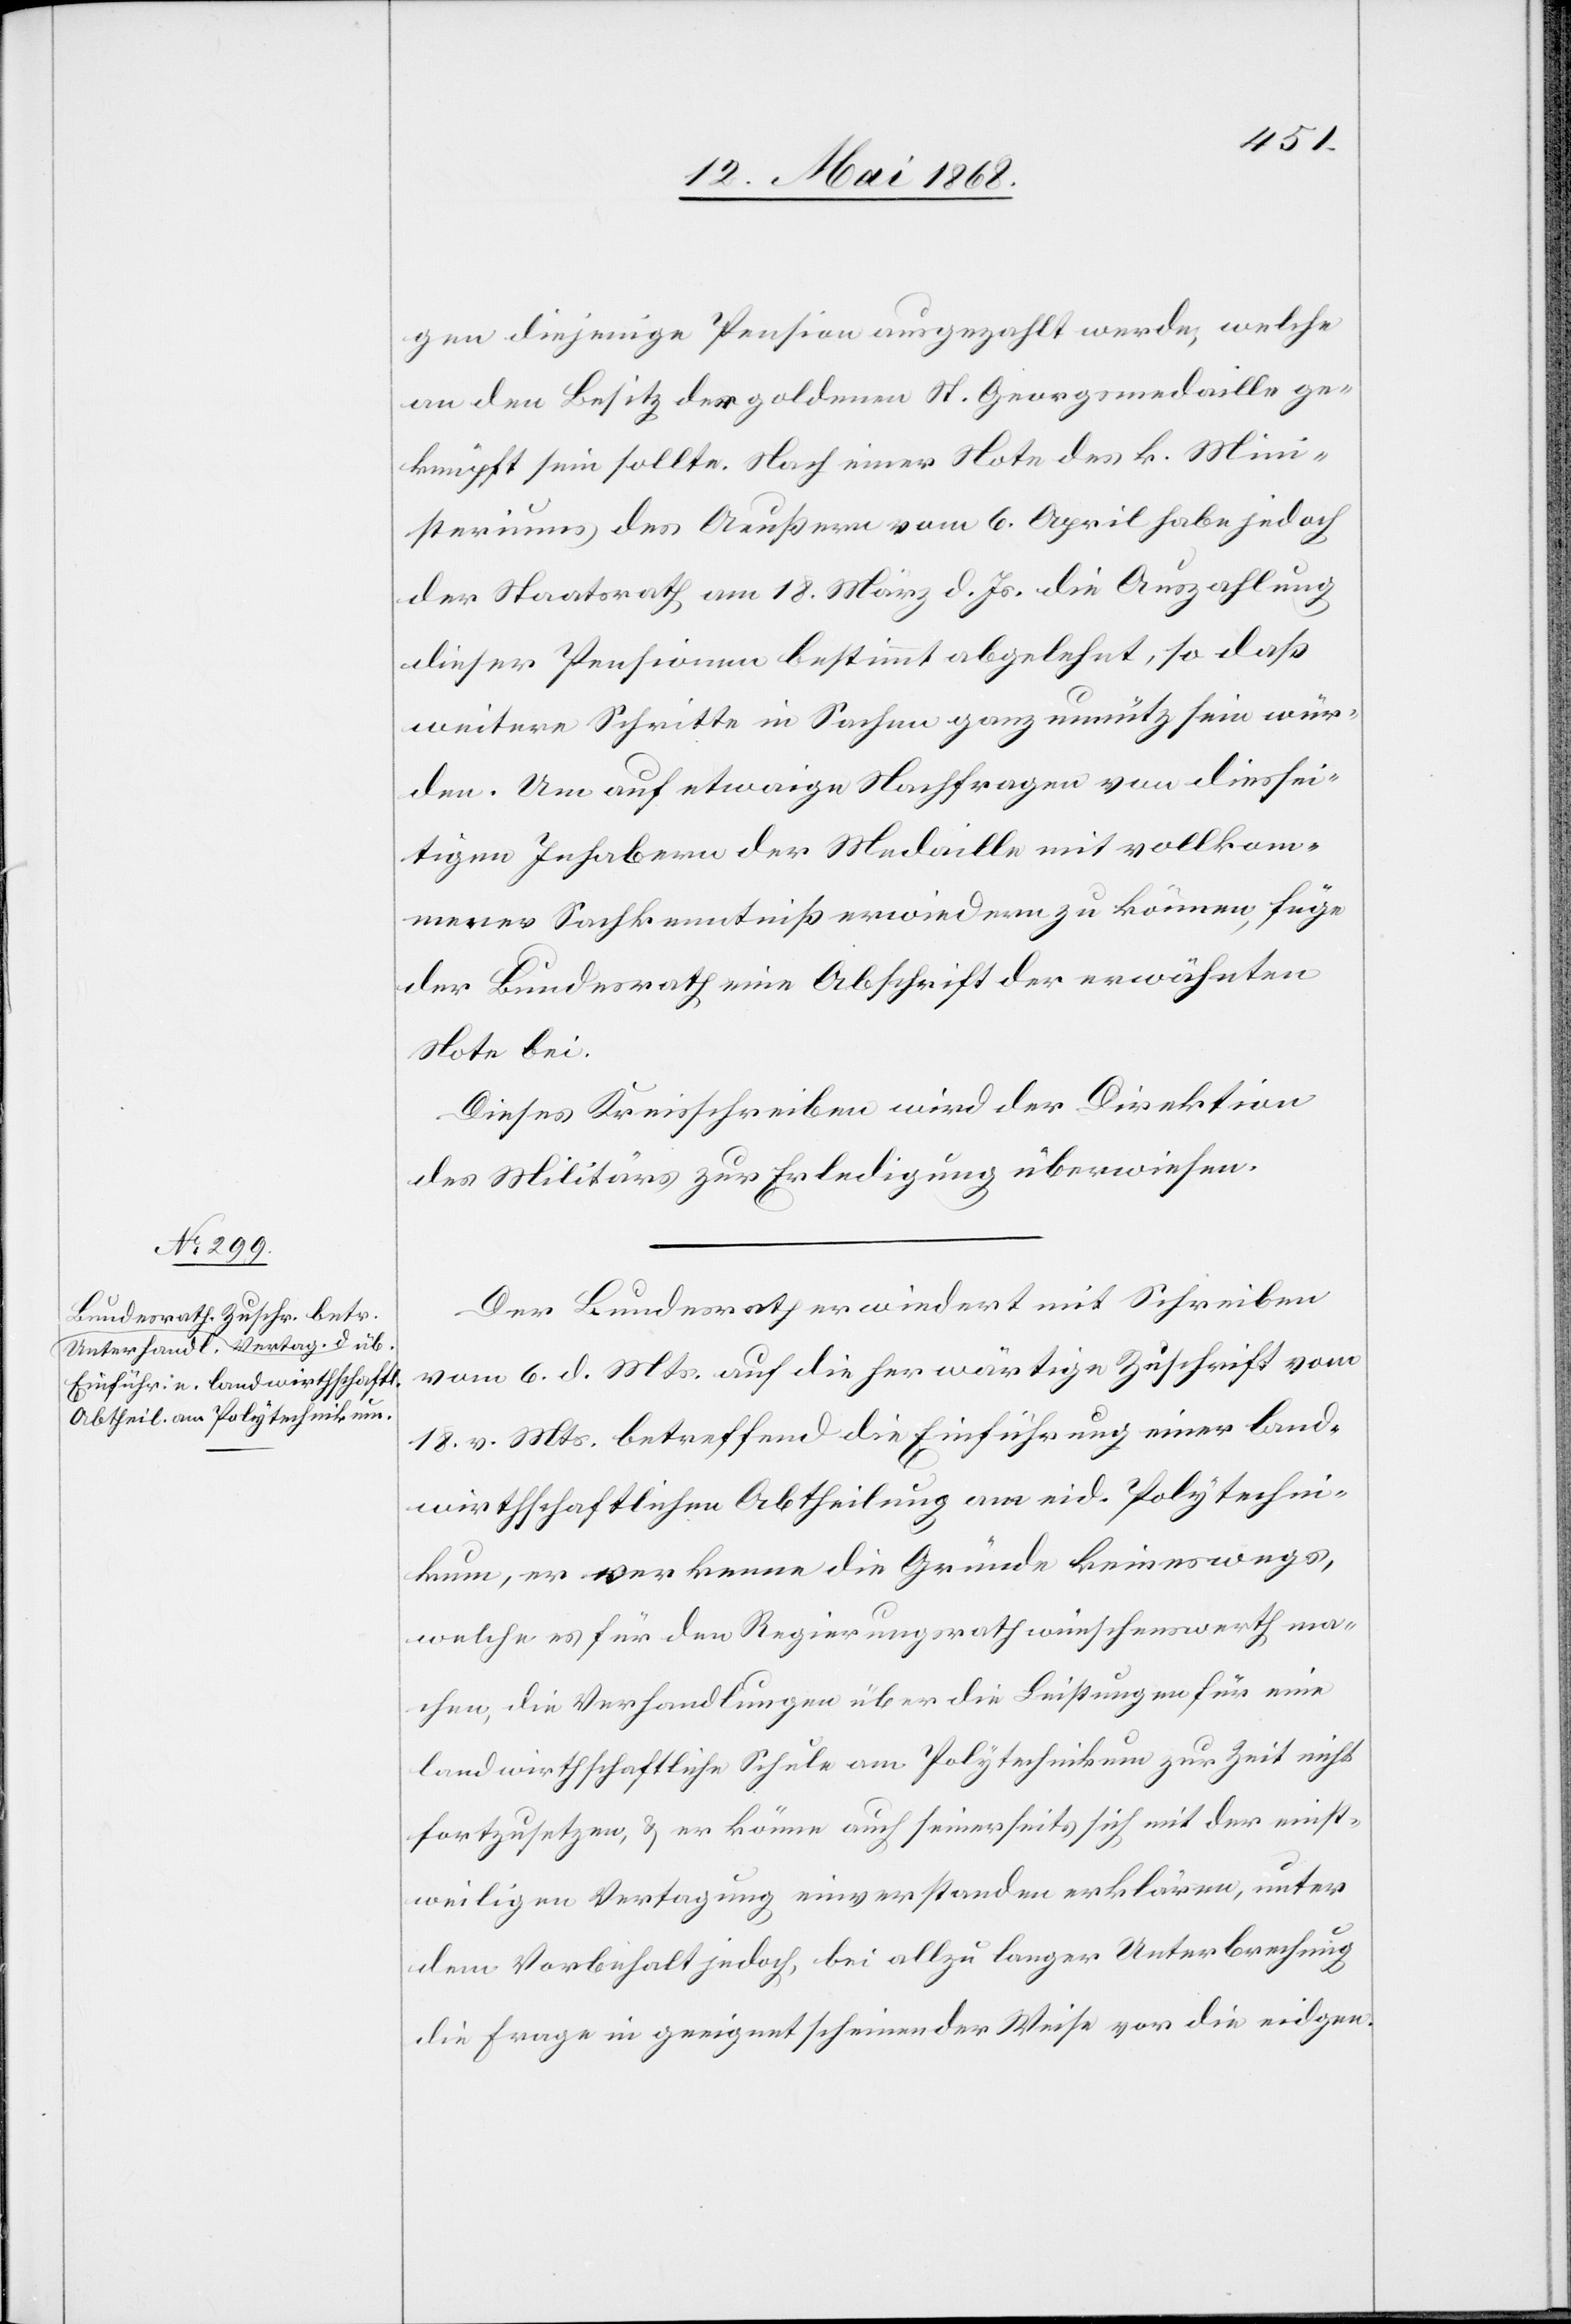
gen diejenige Pension ausgezahlt werde, welche
an den Besitz der goldenen St. Georgsmedaille ge¬
knüpft sein sollte. Nach einer Note des k. Mini¬
steriums des Aeußern vom 6. April habe jedoch
der Staatsrath am 18. März d. Js. die Auszahlung
dieser Pensionen bestimmt abgelehnt, so daß
weitere Schritte in Sachen ganz unnütz sein wür¬
den. Um auf etwaige Nachfragen von diessei¬
tigen Inhabern der Medaille mit vollkom¬
mener Sachkenntniß erwiedern zu können, füge
der Bundesrath eine Abschrift der erwähnten
Note bei.
Dieses Kreisschreiben wird der Direktion
des Militärs zur Erledigung überwiesen.
Der Bundesrath erwiedert mit Schreiben
vom 6. d. Mts. auf die herwärtige Zuschrift vom
18. v. Mts. betreffend die Einführung einer land¬
wirthschaftlichen Abtheilung am eid. Polytechni¬
kum, er verkenne die Gründe keineswegs,
welche es für den Regierungsrath wünschenswerth ma¬
chen, die Verhandlungen über die Leistungen für eine
landwirthschaftliche Schule am Polytechnikum zur Zeit nicht
fortzusetzen, & er könne auch seinerseits sich mit der einst¬
weiligen Vertagung einverstanden erklären, unter
dem Vorbehalt jedoch, bei allzu langer Unterbrechung
die Frage in geeignet scheinender Weise vor die eidgen.